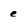
Character: e